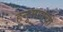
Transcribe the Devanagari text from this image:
हनुमानची